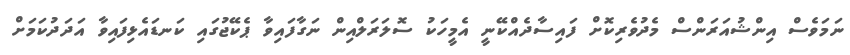
ނަމަވެސް އިންޝުއަރަންސް މެދުވެރިކޮށް ފައިސާދެއްކޭނީ އެމީހަކު ސޮލަރަލްއިން ނަގާފައިވާ ޕެކޭޖުގައި ކަނޑައެޅިފައިވާ އަދަދުކަމަށް